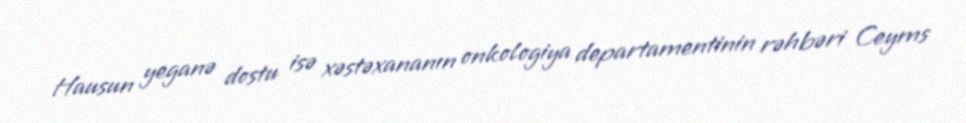
Hausun yeganə dostu isə xəstəxananın onkologiya departamentinin rəhbəri Ceyms